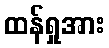
ထန်ရှုအား